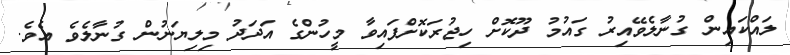
ލައްކައިން ގުނާލެވޭއިރު ގައުމު ދޫކޮށް ހިޖުރަކޮށްފައިވާ މީހުންގެ އަދަދު މިލިޔަނުން ގުނާލެވެ އެވެ.